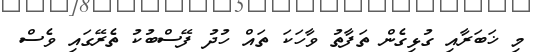
މި ޚަބަރާއި ގުޅިގެން ތަފާތު ވާހަކަ ތައް ހުދު ފޭސްބުކު ތެރޭގައި ވެސް